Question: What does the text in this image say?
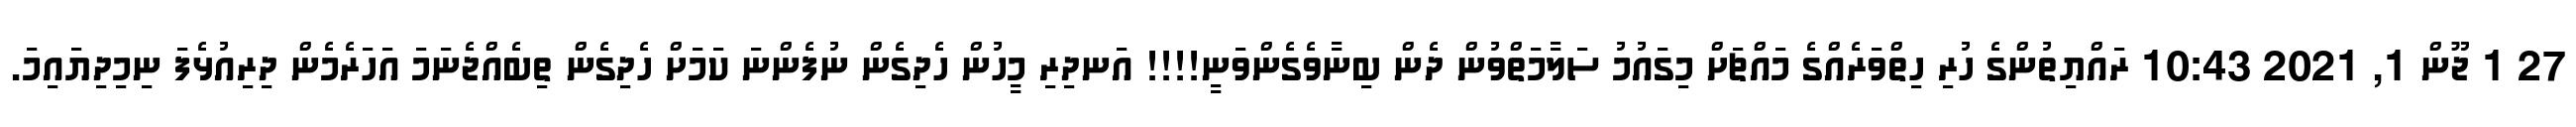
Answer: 27 1 ޖޫން 1, 2021 10:43 ރައްޔިތުންގެ ހުރި ހިތްވަރެއްގެ މައްޗަށް މިގައުމު ސަލާމަތްވުން ދެން ބިނާވެގެންވަނީ!!!! އަނދިރި މީހުން ހެދިގެން ނުފެންނަ ކަމަށް ހެދިގެން ތިބެއްޖެނަމަ އަހަރެމެން ދިރިއުޅެފަ ނިމިދިޔައިމަ.